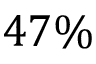
4 7 \%